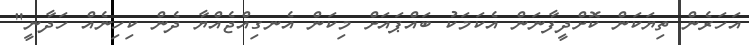
އަހަރެން ތިޔަކަން ކޮށްދީފާނަން އެކަމަކު ބައްޕައަށް މިކަން އެނގިއްޖެއްޔާ ދެން ކިހިނެއް ހަދާނީ"